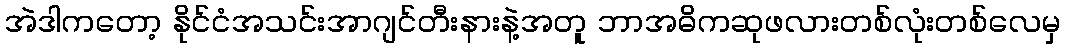
အဲဒါကတော့ နိုင်ငံအသင်းအာဂျင်တီးနားနဲ့အတူ ဘာအဓိကဆုဖလားတစ်လုံးတစ်လေမှ